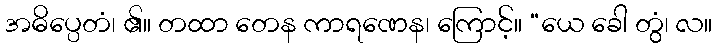
အဓိပ္ပေတံ၊ ၏။ တထာ တေန ကာရဏေန၊ ကြောင့်။ “ယေ ခေါ တွံ၊ လ။